Madras plague regulations in force outside the Presidency town - Volume 2
Disease focus: Plague
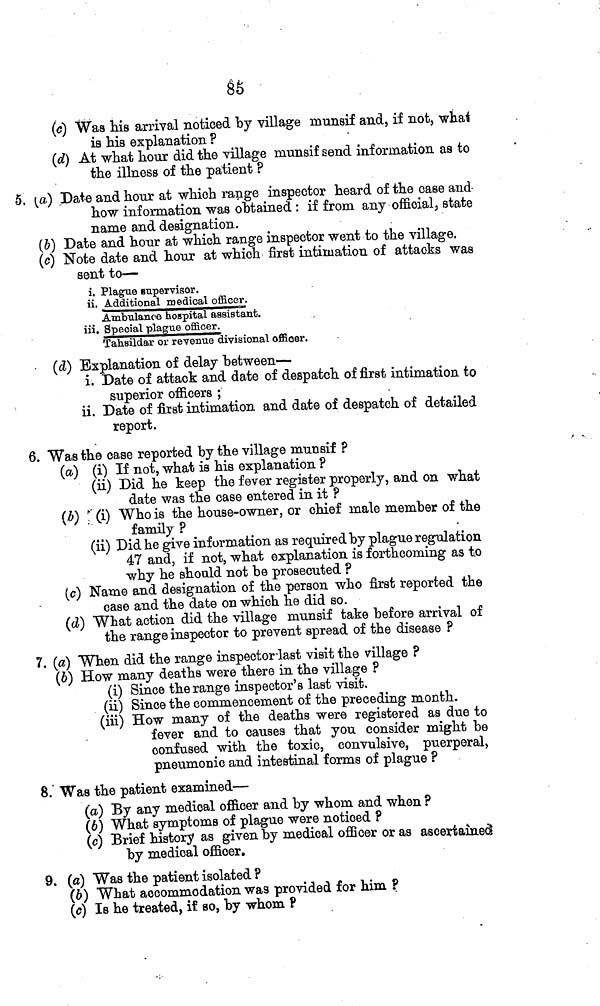
85
(c) Was his arrival noticed by village munsif and, if not, what
is his explanation ?
(d) At what hour did the village munsif send information as to
the illness of the patient ?
5. (a) Date and hour at which range inspector heard of the case and
how information was obtained : if from any official, state
name and designation.
(b) Date and hour at which range inspector went to the village,
(c) Note date and hour at which first intimation of attacks was
sent to—
i. Plague supervisor.
ii. Additional medical officer.
Ambulance hospital assistant.
iii. Special plague officer.
Tahsildar or revenue divisional officer.
(d) Explanation of delay between—
i. Date of attack and date of despatch of first intimation to
superior officers ;
ii. Date of first intimation and date of despatch of detailed
report.
6. Was the case reported by the village munsif ?
(a) (i) If not, what is his explanation ?
(ii) Did he keep the fever register properly, and on what
date was the case entered in it ?
(b) (i) Who is the house-owner, or chief male member of the
family ?
(ii) Did he give information as required by plague regulation
47 and, if not, what explanation is forthcoming as to
why he should not be prosecuted ?
(c) Name and designation of the person who first reported the
case and the date on which he did so.
(d) What action did the village munsif take before arrival of
the range inspector to prevent spread of the disease ?
7. (a) When did the range inspector last visit the village ?
(6) How many deaths were there in the village ?
(i) Since the range inspector's last visit.
(ii) Since the commencement of the preceding month.
(iii) How many of the deaths were registered as due to
fever and to causes that you consider might be
confused with the toxic, convulsive, puerperal,
pneumonic and intestinal forms of plague ?
8. Was the patient examined—
(a) By any medical ofiicer and by whom and when ?
(b) What symptoms of plague were noticed ?
(c) Brief history as given by medical officer or as ascertained
by medical officer.
9. (a) Was the patient isolated ?
(b) What accommodation was provided for him ?
(c) Is he treated, if so, by whom ?